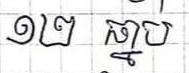
១២ ធ្នាប់